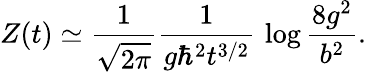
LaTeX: Z(t)\simeq{\frac{1}{\sqrt{2\pi}}}{\frac{1}{g\hbar^{2}t^{3/2}}}\, \log{\frac{8g^{2}}{b^{2}}}.